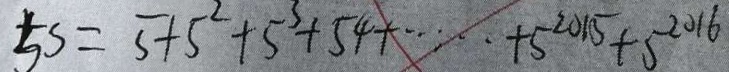
5 5 = 5 + 5 ^ { 2 } + 5 ^ { 3 } + 5 ^ { 4 } + \cdots + 5 ^ { 2 0 1 5 } + 5 ^ { - 2 0 1 6 }